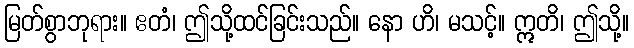
မြတ်စွာဘုရား။ ဧတံ၊ ဤသို့ထင်ခြင်းသည်။ နော ဟိ၊ မသင့်။ ဣတိ၊ ဤသို့။